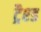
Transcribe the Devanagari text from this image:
ट्रैश्ड